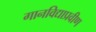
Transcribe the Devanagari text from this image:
गानविद्याप्रवीण